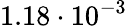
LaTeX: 1.18\cdot 10^{-3}